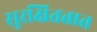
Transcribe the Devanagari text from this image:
सुरक्षिततात